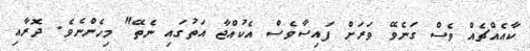
ކާއެއްޗެއް ވެސް ގަނެވޭ ވަރަށް ފައިސާވެސް އެކުއްޖާ އަތުގައި ނެތޭ" މިހެންނެވެ. ދޮރާއި